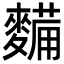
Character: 𮮀